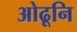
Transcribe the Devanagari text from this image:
ओढूनि